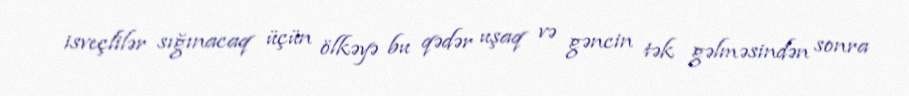
isveçlilər sığınacaq üçün ölkəyə bu qədər uşaq və gəncin tək gəlməsindən sonra